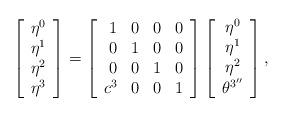
LaTeX: \begin{align*}\left[\begin{array}{cccc}\eta^0\\\eta^{1}\\\eta^{2}\\\eta^{3}\end{array}\right]=\left[\begin{array}{rrrr}1&0&0&0\\0&1&0&0\\0&0&1&0\\c^3&0&0&1\end{array}\right]\left[\begin{array}{cccc}\eta^0\\\eta^{1}\\\eta^{2}\\\theta^{3''}\end{array}\right],\end{align*}